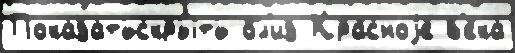
Показатьскрыть бл'из Кра́сноjе в'е́ка